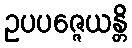
ဥပပဇ္ဇေယန္တိ